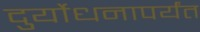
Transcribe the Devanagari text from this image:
दुर्योधनापर्यंत